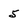
Character: 5